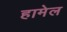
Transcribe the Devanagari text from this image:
हामेल